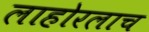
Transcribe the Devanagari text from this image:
लाहोरलाच